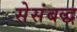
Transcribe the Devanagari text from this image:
सेसंबद्ध